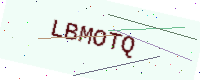
Text: LBMOTQ